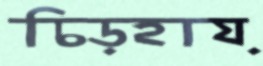
চিড়হায়